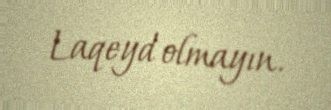
Laqeyd olmayın.